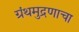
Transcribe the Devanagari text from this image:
ग्रंथमुद्रणाचा